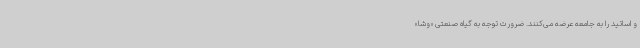
و اساتید را به جامعه عرضه می‌کنند. ضرورت توجه به گیاه صنعتی «وشا»